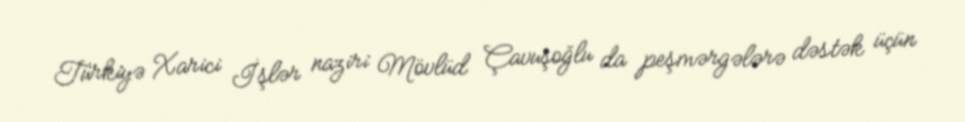
Türkiyə Xarici İşlər naziri Mövlüd Çavuşoğlu da peşmərgələrə dəstək üçün